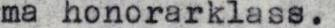
ma honorarklass.